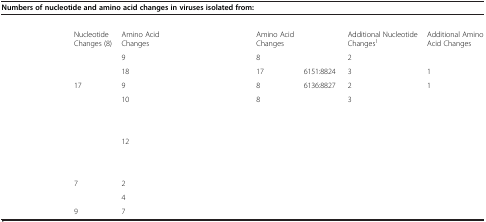
<table><thead><tr><td colspan="9"><b>Numbers of nucleotide and amino acid changes in viruses isolated from:</b></td></tr></thead><tbody><tr><td colspan="9">[EMPTY_CELL]</td></tr><tr><td>[EMPTY_CELL]</td><td>Nucleotide Changes (8)</td><td>Amino Acid Changes</td><td>[EMPTY_CELL]</td><td>[EMPTY_CELL]</td><td>Amino Acid Changes</td><td>[EMPTY_CELL]</td><td>Additional Nucleotide Changes<sup>1</sup></td><td>Additional Amino Acid Changes</td></tr><tr><td>[EMPTY_CELL]</td><td>[EMPTY_CELL]</td><td>9</td><td>[EMPTY_CELL]</td><td>[EMPTY_CELL]</td><td>8</td><td>[EMPTY_CELL]</td><td>2</td><td>[EMPTY_CELL]</td></tr><tr><td>[EMPTY_CELL]</td><td>[EMPTY_CELL]</td><td>18</td><td>[EMPTY_CELL]</td><td>[EMPTY_CELL]</td><td>17</td><td>6151:8824</td><td>3</td><td>1</td></tr><tr><td>[EMPTY_CELL]</td><td>17</td><td>9</td><td>[EMPTY_CELL]</td><td>[EMPTY_CELL]</td><td>8</td><td>6136:8827</td><td>2</td><td>1</td></tr><tr><td>[EMPTY_CELL]</td><td>[EMPTY_CELL]</td><td>10</td><td>[EMPTY_CELL]</td><td>[EMPTY_CELL]</td><td>8</td><td>[EMPTY_CELL]</td><td>3</td><td>[EMPTY_CELL]</td></tr><tr><td colspan="9">[EMPTY_CELL]</td></tr><tr><td>[EMPTY_CELL]</td><td>[EMPTY_CELL]</td><td>[EMPTY_CELL]</td><td>[EMPTY_CELL]</td><td>[EMPTY_CELL]</td><td>[EMPTY_CELL]</td><td>[EMPTY_CELL]</td><td>[EMPTY_CELL]</td><td>[EMPTY_CELL]</td></tr><tr><td>[EMPTY_CELL]</td><td>[EMPTY_CELL]</td><td>12</td><td>[EMPTY_CELL]</td><td>[EMPTY_CELL]</td><td>[EMPTY_CELL]</td><td>[EMPTY_CELL]</td><td>[EMPTY_CELL]</td><td>[EMPTY_CELL]</td></tr><tr><td colspan="9">[EMPTY_CELL]</td></tr><tr><td>[EMPTY_CELL]</td><td>[EMPTY_CELL]</td><td>[EMPTY_CELL]</td><td>[EMPTY_CELL]</td><td>[EMPTY_CELL]</td><td>[EMPTY_CELL]</td><td>[EMPTY_CELL]</td><td>[EMPTY_CELL]</td><td>[EMPTY_CELL]</td></tr><tr><td>[EMPTY_CELL]</td><td>7</td><td>2</td><td>[EMPTY_CELL]</td><td>[EMPTY_CELL]</td><td>[EMPTY_CELL]</td><td>[EMPTY_CELL]</td><td>[EMPTY_CELL]</td><td>[EMPTY_CELL]</td></tr><tr><td>[EMPTY_CELL]</td><td>[EMPTY_CELL]</td><td>4</td><td>[EMPTY_CELL]</td><td>[EMPTY_CELL]</td><td>[EMPTY_CELL]</td><td>[EMPTY_CELL]</td><td>[EMPTY_CELL]</td><td>[EMPTY_CELL]</td></tr><tr><td>[EMPTY_CELL]</td><td>9</td><td>7</td><td>[EMPTY_CELL]</td><td>[EMPTY_CELL]</td><td>[EMPTY_CELL]</td><td>[EMPTY_CELL]</td><td>[EMPTY_CELL]</td><td>[EMPTY_CELL]</td></tr></tbody></table>